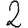
Digit: 2